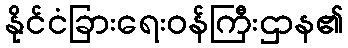
နိုင်ငံခြားရေးဝန်ကြီးဌာန၏